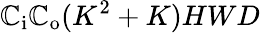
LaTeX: \mathbb{C}_{\mathrm{{i}}}\mathbb{C}_{\mathrm{{o}}}(K^{2}+K)HWD